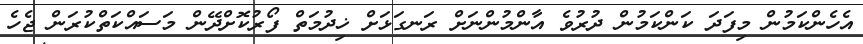
އެހެންކަމުން މިފަދަ ކަންކަމުން ދުރުވެ އާންމުންނަށް ރަނގަޅަށް ޚިދުމަތް ފޯރުކޮށްދޭން މަސައްކަތްކުރަން ޖެހެ